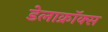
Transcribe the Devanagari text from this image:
डेलाक्रॉक्स